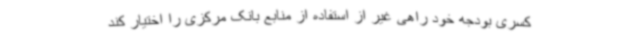
کسری بودجه خود راهی غیر از استفاده از منابع بانک مرکزی را اختیار کند